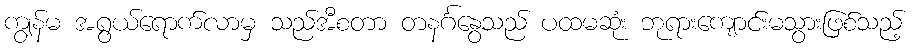
ကျွန်မ အရွယ်ရောက်လာမှ သည်အီစတာ တနင်္ဂနွေသည် ပထမဆုံး ဘုရားကျောင်းမသွားဖြစ်သည့်